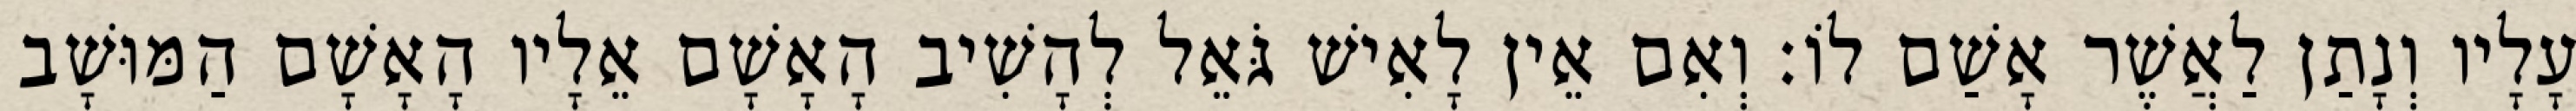
עָלָיו וְנָתַן לַאֲשֶׁר אָשַׁם לוֹ׃ וְאִם אֵין לָאִישׁ גֹּאֵל לְהָשִׁיב הָאָשָׁם אֵלָיו הָאָשָׁם הַמּוּשָׁב